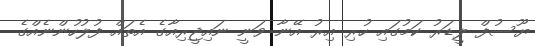
ޔޫސުފް ލީޑަރު ކަމުގައި ހުރި އިރު އޭނާ ވަނީ ނައިޖީރިއާގެ އެތައް ފުލުހުންނެއްގެ